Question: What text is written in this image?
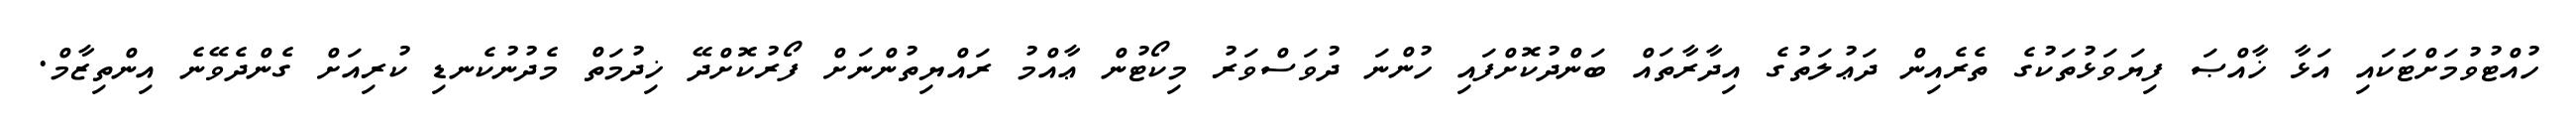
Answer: ހުއްޓުވުމަށްޓަކައި އަޅާ ޚާއްޞަ ފިޔަވަޅުތަކުގެ ތެރެއިން ދަޢުލަތުގެ އިދާރާތައް ބަންދުކޮށްފައި ހުންނަ ދުވަސްވަރު މިކޯޓުން ޢާއްމު ރައްޔިތުންނަށް ފޯރުކޮށްދޭ ޚިދުމަތް މެދުނުކެނޑި ކުރިއަށް ގެންދެވޭނެ އިންތިޒާމް.